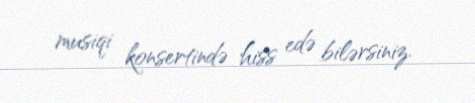
musiqi konsertində hiss edə bilərsiniz.